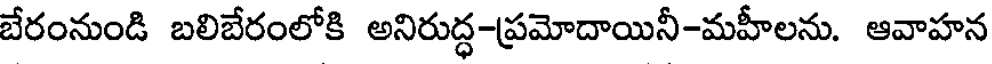
బేరంనుండి బలిబేరంలోకి అనిరుద్ధ-ప్రమోదాయినీ-మహీలను. ఆవాహన